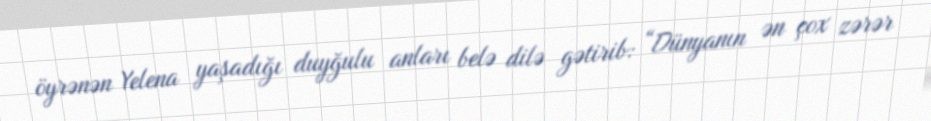
öyrənən Yelena yaşadığı duyğulu anları belə dilə gətirib: “Dünyanın ən çox zərər